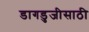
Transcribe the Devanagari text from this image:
डागडुजीसाठी